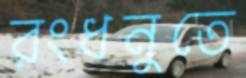
রংধনুতে